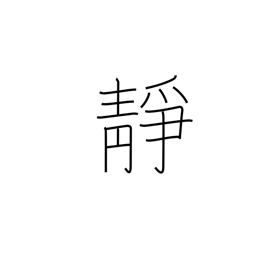
Meaning: quiet